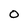
Character: O